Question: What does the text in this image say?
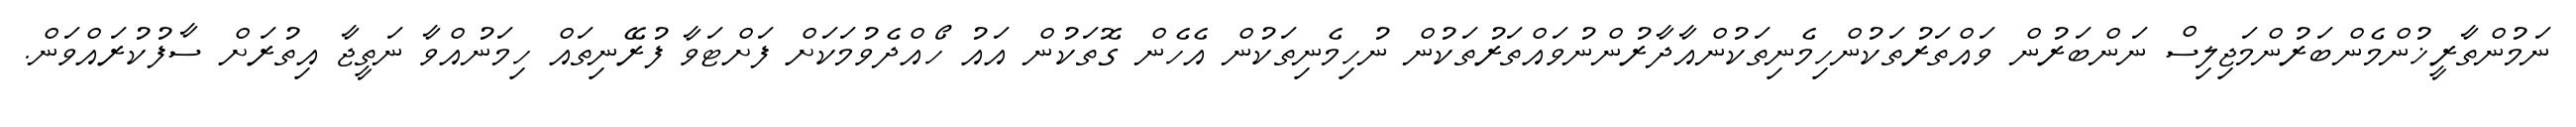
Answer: ނަމުންތާރީޚުންމެންބަރުންމަޖިލިސް ނަންބަރުން ވައްތަރުތަކުންހިމެނިތަކުންއާދާރުންނުވައްތަރުތަކުން ނުހިމެނިތަކުން އެހެން ގޮތަކުން އައު ހޯއްދެވުމަކަށް ފަށްޓަވާ ފުރޭނިތައް ހިމަނުއްވާ ނަތީޖާ އިތުރަށް ސާފުކުރައްވަން.